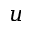
u